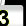
Digit: 3